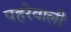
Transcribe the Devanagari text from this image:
पहरेवाली